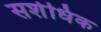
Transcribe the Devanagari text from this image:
सर्शधिक